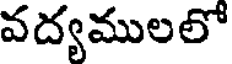
వద్యములలో